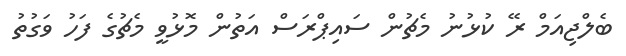
ބެލްޖިއަމް ރޭ ކުޅުނު މެޗުން ސައިޕްރަސް އަތުން މޮޅުވީ މެޗުގެ ފަހު ވަގުތު